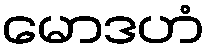
မောဒဟံ